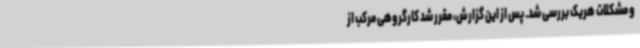
و مشکلات هریک بررسی شد. پس از این گزارش، مقرر شد کارگروهی مرکب از